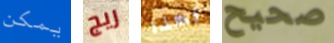
يمكن ريج بهذا صحيح